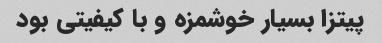
پیتزا بسیار خوشمزه و با کیفیتی بود